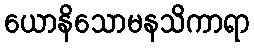
ယောနိသောမနသိကာရာ